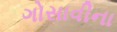
ગોસાવીના